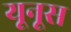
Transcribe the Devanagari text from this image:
यूनूस